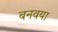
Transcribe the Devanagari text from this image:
बनवया